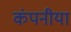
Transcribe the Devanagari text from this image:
कंपनीया